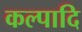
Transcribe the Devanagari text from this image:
कल्पादि